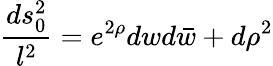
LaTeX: {\frac{ds_{0}^{2}}{l^{2}}}=e^{2\rho}dwd\bar{w}+d\rho^{2}